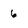
Character: 6